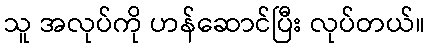
သူ အလုပ်ကို ဟန်ဆောင်ပြီး လုပ်တယ်။